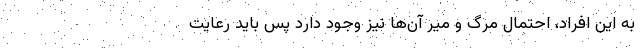
به این افراد، احتمال مرگ و میر آن‌ها نیز وجود دارد پس باید رعایت